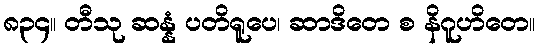
၈၃၄။ တီသု ဆန္နံ ပတိရူပေ၊ ဆာဒိတေ စ နိဂူဟိတေ။